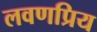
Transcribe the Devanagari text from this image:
लवणप्रिय